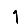
Digit: 1